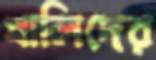
খালিদের